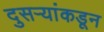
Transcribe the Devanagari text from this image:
दुसर्‍यांकडून